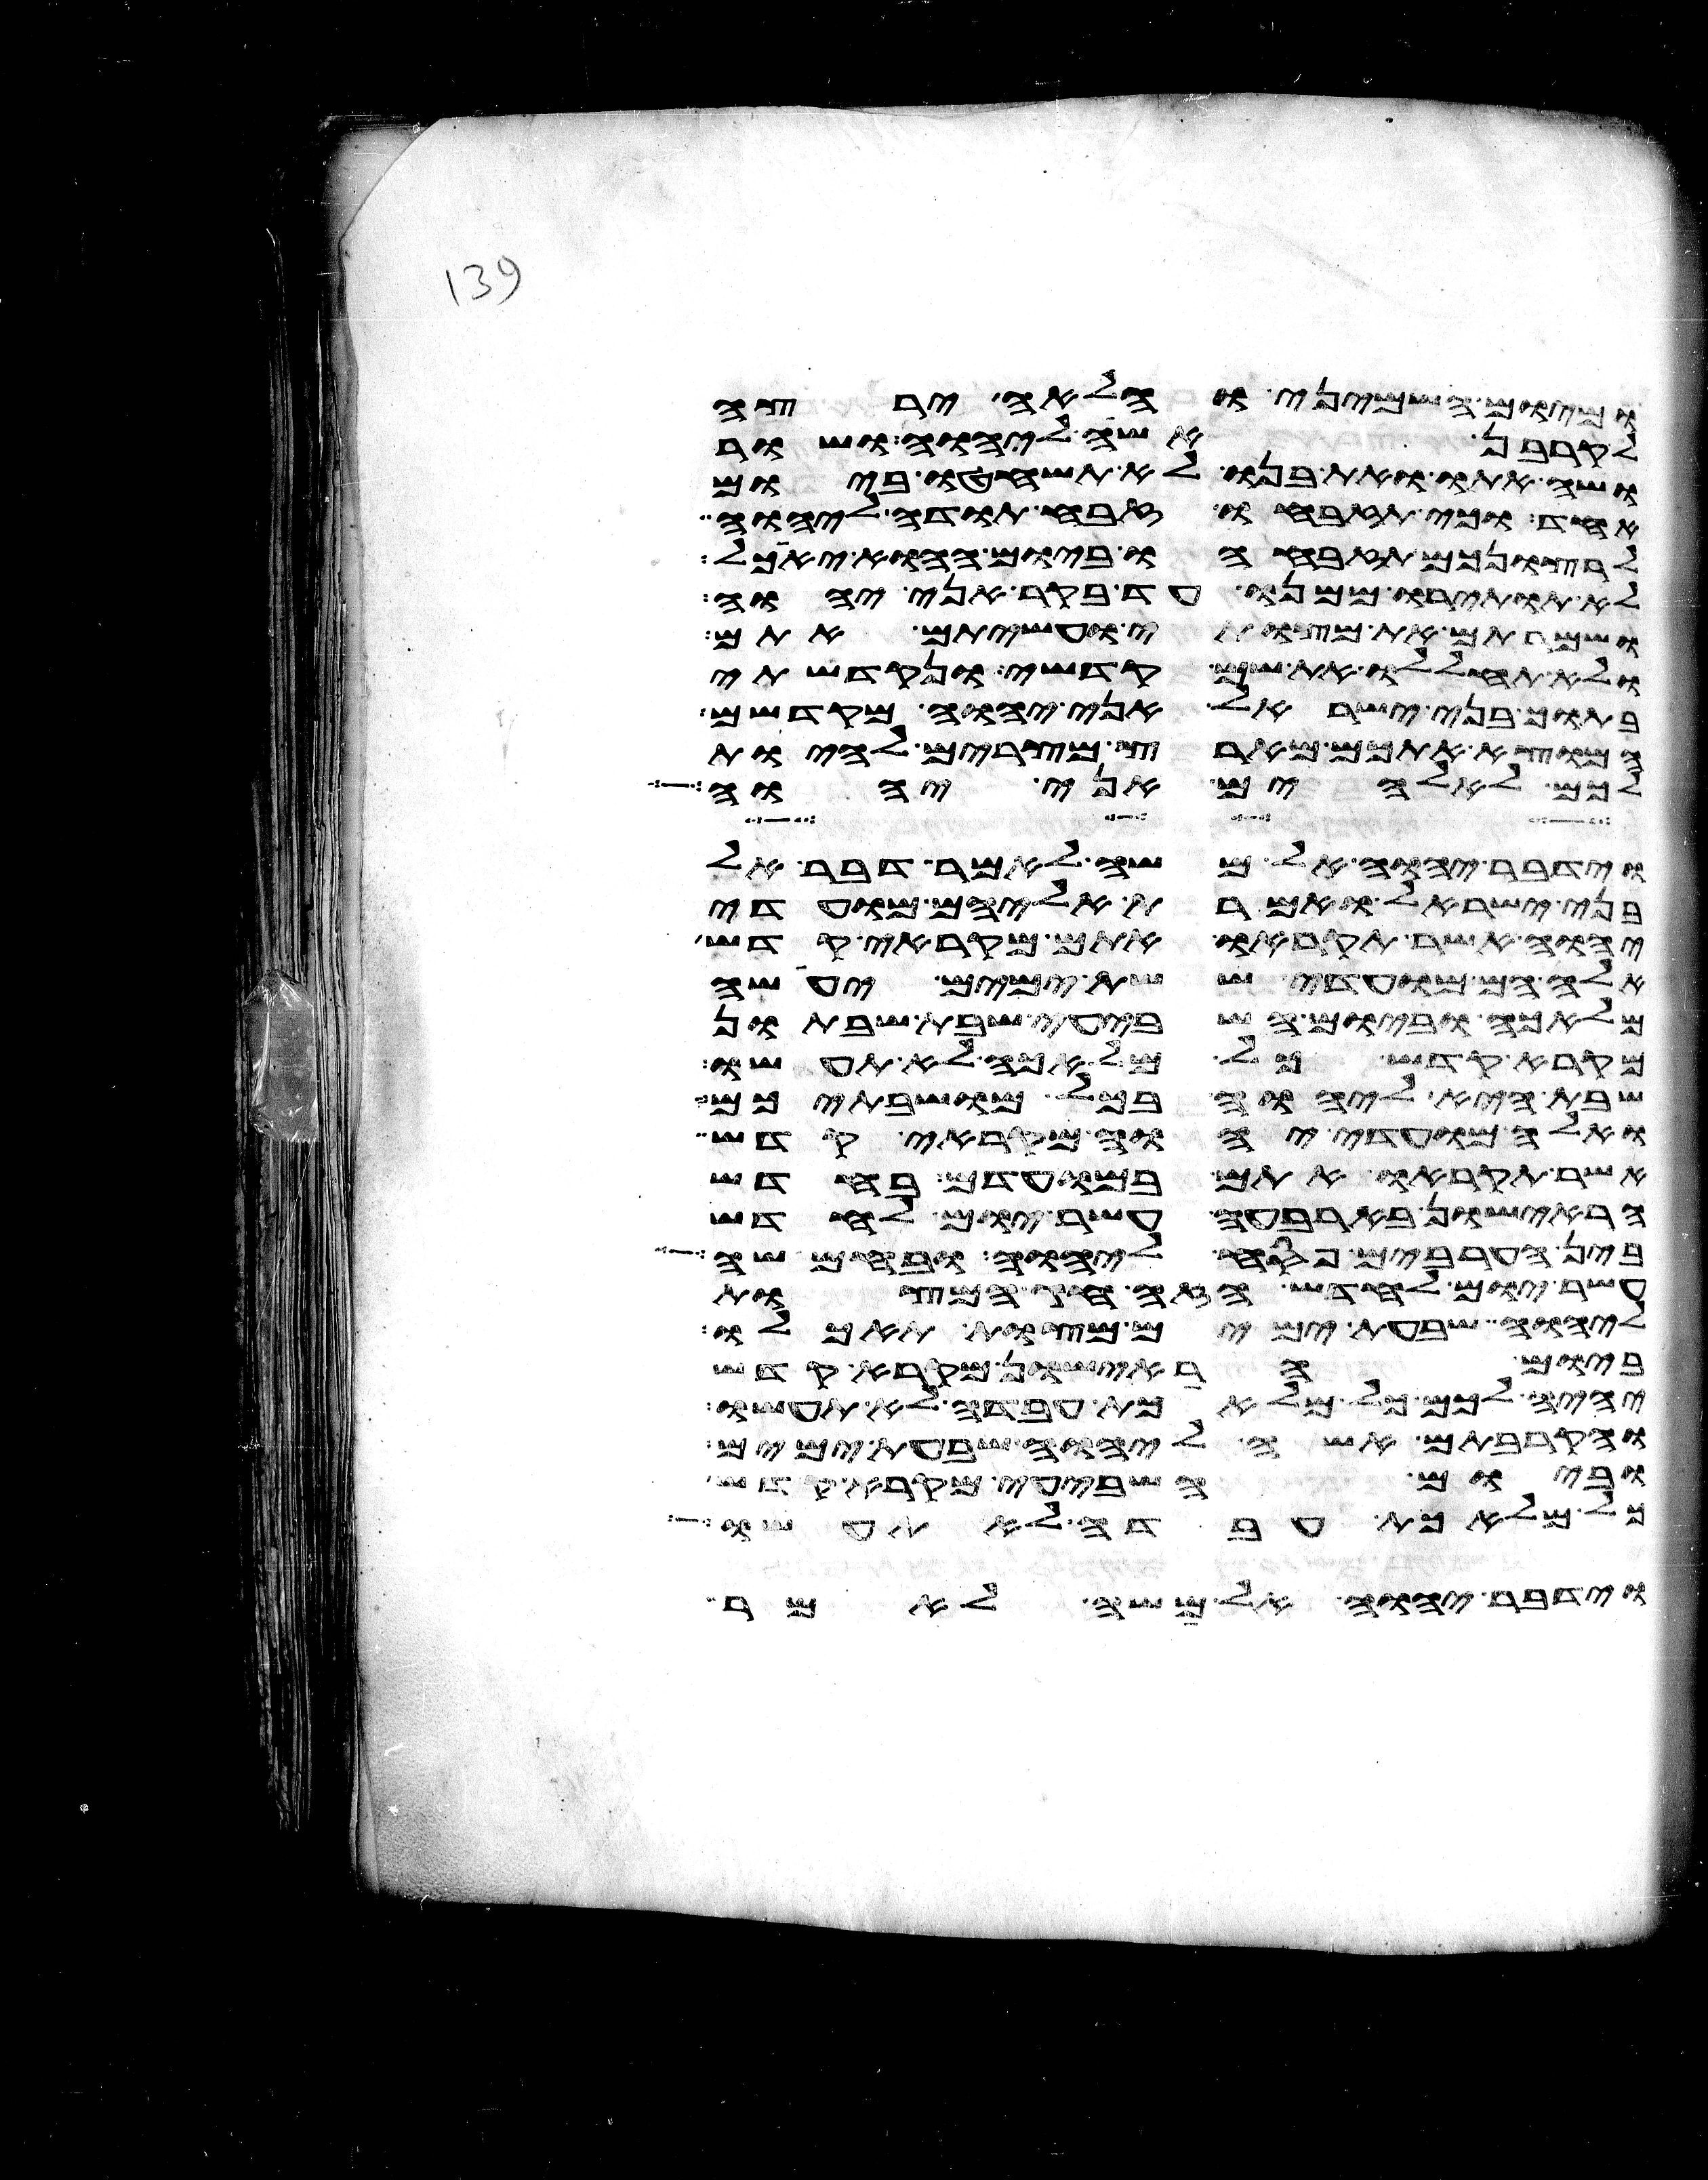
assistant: ומיום השמיני והלאה ירצה
לקרבן אשה ליהוה ושור
ושה אתו ואת בנו לא תשחטו ביום
אחד וכי תזבחו זבח תודה ליהוה
לרצונכם תזבחהו ביום ההוא יאכל
לא תותירו ממנו עד בקר אני יהוה
ושמרתם את מצותי ועשיתם אתם
ולא תחללו את שם קדשי ונקדשתי
בתוך בני ישראל אני יהוה מקדשם
המוצא אתכם מארץ מצרים להיות
לכם לאלהים אני יהוה
וידבר יהוה אל משה לאמר דבר אל
בני ישראל ואמרת אליהם מועדי
יהוה אשר תקראו אתם מקראי קדש
אלה הם מועדי ששת ימים יעשה
מלאכה וביום השביעי שבת שבתון
מקרא קדש כל מלאכה לא תעשו
שבת היא ליהוה בכל מושבתיכם
ואלה מועדי יהוה מקראי קדש
אשר תקראו אתם במועדם בחדש
הראישון בארבעה עשר יום לחדש
בין הערבים פסח ליהוה ובחמשה
עשר יום לחדש הזה חג המצות
ליהוה שבעת ימים מצות תאכלו
ביום הראישון מקרא קדש
יהיה לכם כל מלאכת עבדה לא תעשו
והקרבתם אשה ליהוה שבעת ימים
וביום השביעי מקרא קדש
כל מלאכת עבדה לא תעשו
וידבר יהוה אל משה לאמר